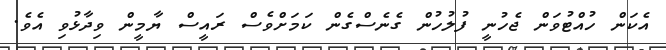
އެކަން ހުއްޓުވަން ޖެހުނީ ފުލުހުން ގެނެސްގެން ކަމަށްވެސް ރައީސް ޔާމީން ވިދާޅުވި އެވެ.